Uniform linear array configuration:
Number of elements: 16
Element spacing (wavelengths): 1
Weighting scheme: binomial
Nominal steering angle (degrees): -15
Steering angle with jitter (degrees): -14.041
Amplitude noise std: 0.05
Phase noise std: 0.05

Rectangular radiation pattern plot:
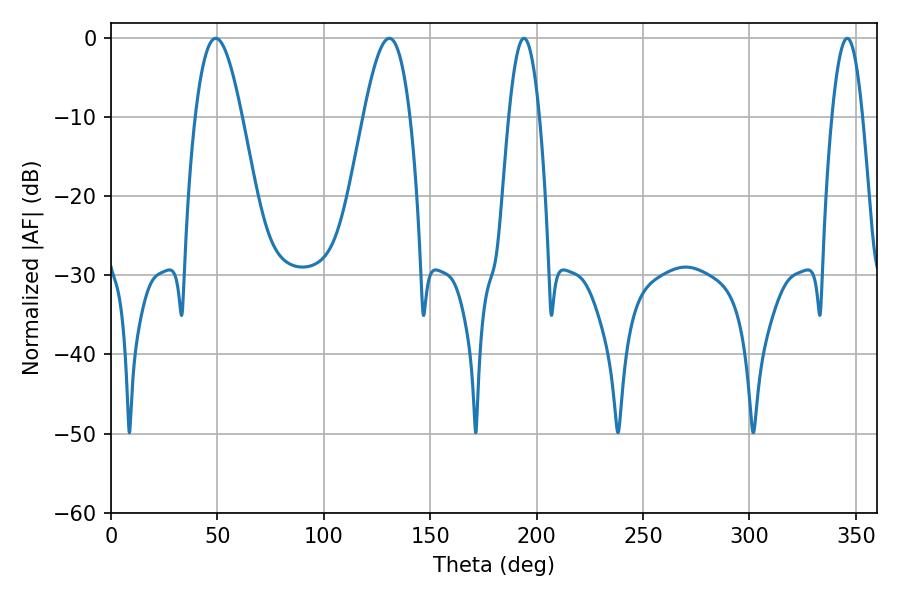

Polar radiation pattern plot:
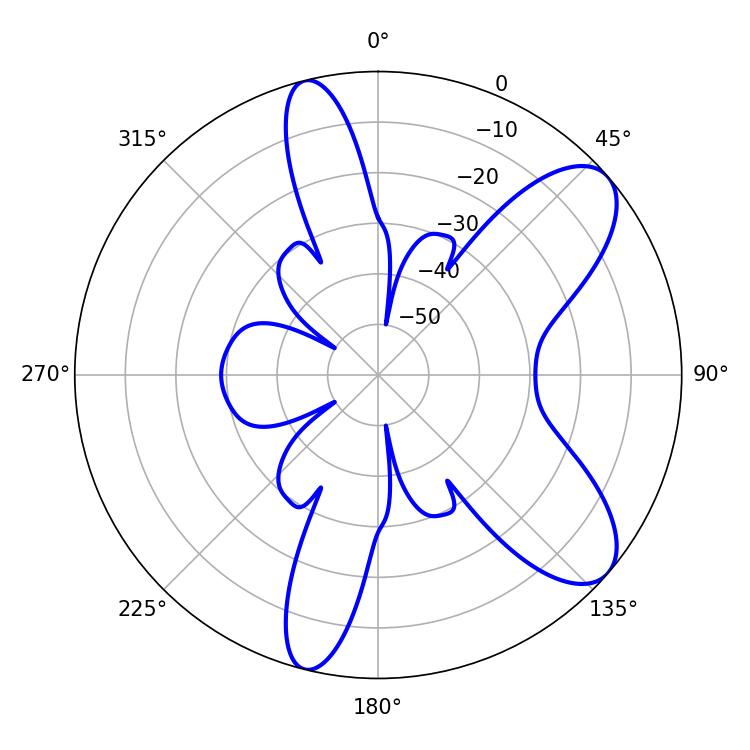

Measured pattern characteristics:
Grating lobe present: TRUE
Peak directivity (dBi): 8.651
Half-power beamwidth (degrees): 7.92
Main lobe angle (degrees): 345.96